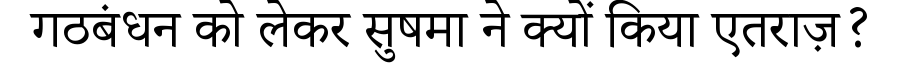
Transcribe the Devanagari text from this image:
गठबंधन को लेकर सुषमा ने क्यों किया एतराज़?